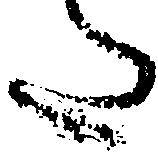
た